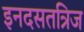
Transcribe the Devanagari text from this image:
इनदसतत्रिज